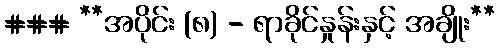
### **အပိုင်း (၈) - ရာခိုင်နှုန်းနှင့် အချိုး**